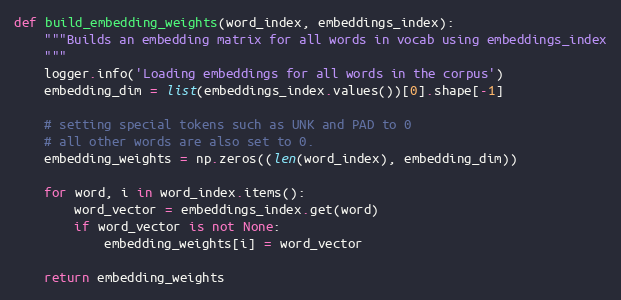
Language: Python
def build_embedding_weights(word_index, embeddings_index):
    """Builds an embedding matrix for all words in vocab using embeddings_index
    """
    logger.info('Loading embeddings for all words in the corpus')
    embedding_dim = list(embeddings_index.values())[0].shape[-1]

    # setting special tokens such as UNK and PAD to 0
    # all other words are also set to 0.
    embedding_weights = np.zeros((len(word_index), embedding_dim))

    for word, i in word_index.items():
        word_vector = embeddings_index.get(word)
        if word_vector is not None:
            embedding_weights[i] = word_vector

    return embedding_weights